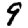
Digit: 9